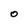
Character: O